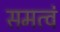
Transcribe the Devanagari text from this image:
समत्वं